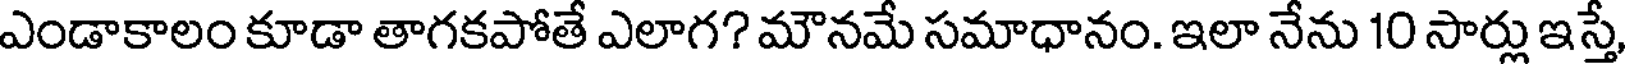
ఎండాకాలం కూడా తాగకపోతే ఎలాగ? మౌనమే సమాధానం. ఇలా నేను 10 సార్లు ఇస్తే